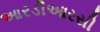
આરડીઆરસી